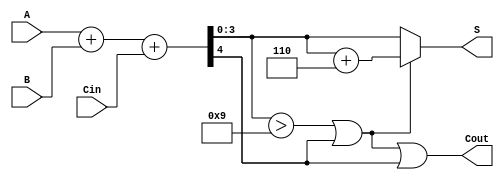
module BCD_Fast_Adder (
    input  wire [3:0] A,    // First BCD digit
    input  wire [3:0] B,    // Second BCD digit
    input  wire Cin,        // Carry-in
    output wire [3:0] S,    // BCD sum
    output wire Cout        // Carry-out
);

    wire [4:0] Sum;          // 5-bit sum to accommodate carry
    wire Cout_int;           // Intermediate carry output
    wire [3:0] Corrected_Sum;
    wire Correction_Apply;   // Signal to apply correction

    // Binary Adder for 4-bit numbers with carry-in
    assign Sum = A + B + Cin;

    // Determine if correction is needed:
    // Correction is needed if:
    // 1. Sum > 9 (Sum[3:0] > 9 -> Sum[4:0] = {1'b0, Sum[3:0]} > 1001) 
    // 2. Cout_int = 1 (directly means carry was generated)
    assign Cout_int = Sum[4]; // Carry-out from the binary adder
    assign Correction_Apply = (Sum[3:0] > 4'b1001) || Cout_int;

    // Corrected sum is Sum + 6 (0110) if correction is applied
    assign Corrected_Sum = Correction_Apply ? (Sum[3:0] + 4'b0110) : Sum[3:0];

    // Final outputs
    assign S = Corrected_Sum;    // BCD result
    assign Cout = Correction_Apply || Cout_int; // Final carry-out

endmodule